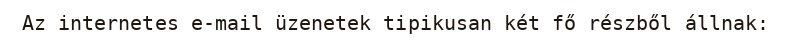
Az internetes e-mail üzenetek tipikusan két fő részből állnak: